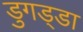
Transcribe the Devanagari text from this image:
डुगड्डा